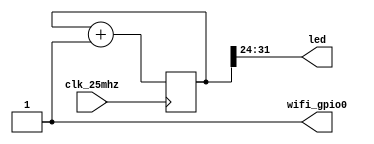
module top (
    input clk_25mhz,
    output [7:0] led,
    output wifi_gpio0
);
    reg [31:0] cnt = 0;

    always @(posedge clk_25mhz) 
    begin
        cnt <= cnt + 1;
    end

    assign led = cnt[31:24];
    assign wifi_gpio0 = 1'b1;
endmodule